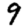
Digit: 9